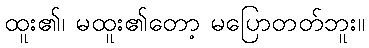
ထူး၏၊ မထူး၏တော့ မပြောတတ်ဘူး။